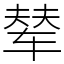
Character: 辇